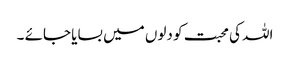
اللہ کی محبت کو دلوں میں بسایا جائے ۔